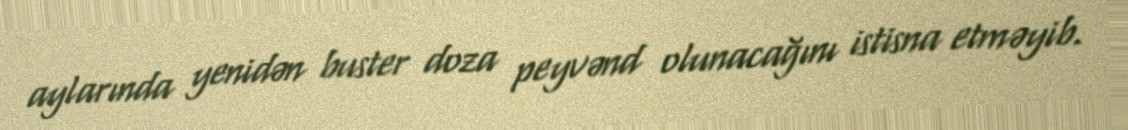
aylarında yenidən buster doza peyvənd olunacağını istisna etməyib.